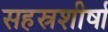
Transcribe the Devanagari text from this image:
सहस्रशीर्षा